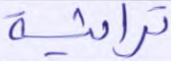
تراثية